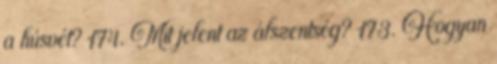
a húsvét? 174. Mit jelent az álszentség? 173. Hogyan